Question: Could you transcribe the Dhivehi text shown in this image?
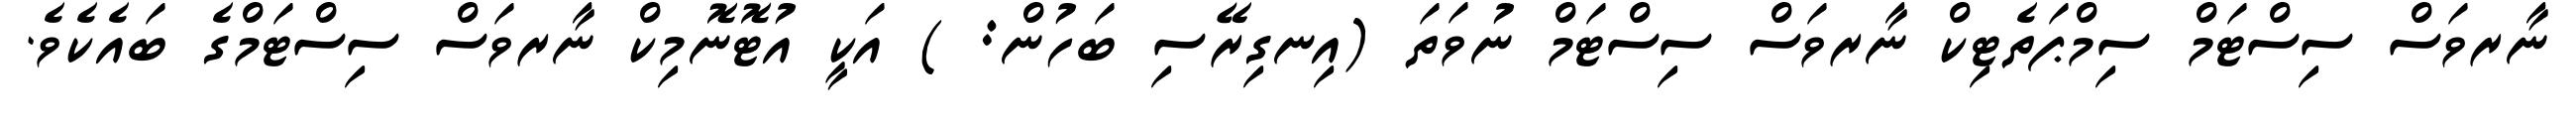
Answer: ނާރވަސް ސިސްޓަމް ސިމްޕަތެޓިކް ނާރވަސް ސިސްޓަމް ނުވަތަ (އިނގިރޭސި ބަހުން: ) އަކީ އުޓޮނޮމިކް ނާރވަސް ސިސްޓަމްގެ ބައެކެވެ.